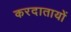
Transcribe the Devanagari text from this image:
करदातायों